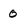
Character: 0